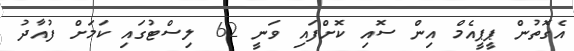
އެގޮތުން ޕީޕީއެމް އިން ސޮއި ކޮށްފައި ވަނީ 62 ލިސްޓުގައި ކަމަށް ފުއާދު